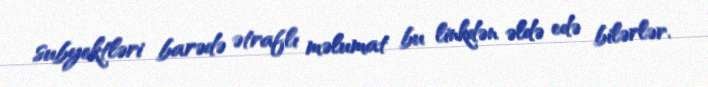
subyektləri barədə ətraflı məlumat bu linkdən əldə edə bilərlər.